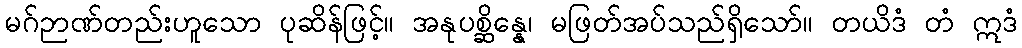
မဂ်ဉာဏ်တည်းဟူသော ပုဆိန်ဖြင့်။ အနုပစ္ဆိန္နေ၊ မဖြတ်အပ်သည်ရှိသော်။ တယိဒံ တံ ဣဒံ